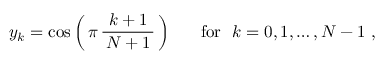
y _ { k } = \cos \left( \, \pi \, { \frac { k + 1 } { \, N + 1 \, } } \, \right) \quad ~ { \mathrm { ~ f o r ~ } } ~ k = 0 , 1 , \dots , N - 1 ~ ,